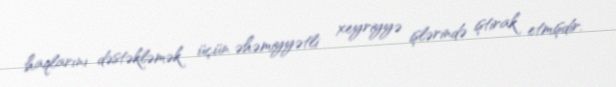
haqlarını dəstəkləmək üçün əhəmiyyətli xeyriyyə işlərində iştirak etmişdir.